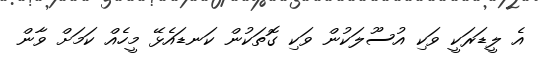
އެ ލީޑަރަކީ ވަކި އުސޫލަކުން ވަކި ގޮތަކުން ކަނޑައެޅޭ މީހެއް ކަމަށް ވާން